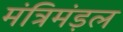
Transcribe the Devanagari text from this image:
मंत्रिमंड़ल